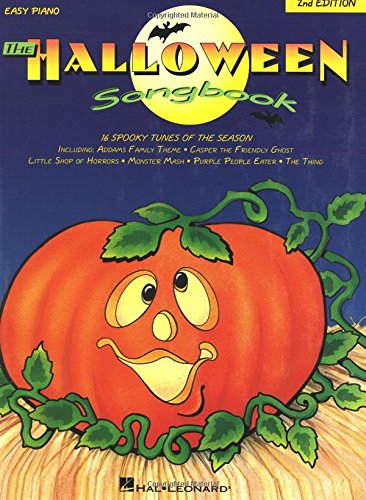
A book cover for Halloween Songbook Easy Piano; Politics & Social Sciences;